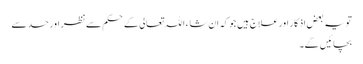
تو یہ بعض اذکار اور علاج ہیں جو کہ ان شاء اللہ تعالی کے حکم سے نظر اور حسد سے
بچائیں گے۔